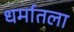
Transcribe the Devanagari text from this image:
धर्मातला